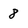
Character: 8